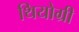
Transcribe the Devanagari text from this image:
थियोग्री